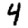
Digit: 4